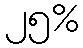
၂၅%